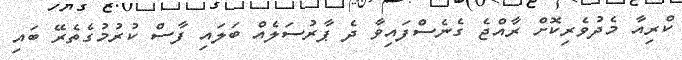
ކްރިއާ މެދުވެރިކޮށް ރާއްޖެ ގެނެސްފައިވާ ދެ ޕާރުސަލެއް ބަލައި ފާސް ކުރުމުގެތެރޭ ބައި